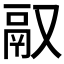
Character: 𬴲